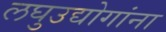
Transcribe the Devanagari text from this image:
लघुउद्योगांना